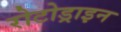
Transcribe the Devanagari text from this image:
रोटोड्राइन